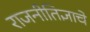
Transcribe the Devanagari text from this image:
राजनीतिज्ञाचे